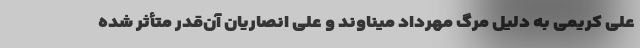
علی کریمی به دلیل مرگ مهرداد میناوند و علی انصاریان آن‌قدر متأثر شده